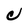
Character: C